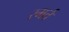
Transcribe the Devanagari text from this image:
स्मर्त